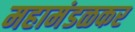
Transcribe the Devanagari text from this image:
महामंडळकर